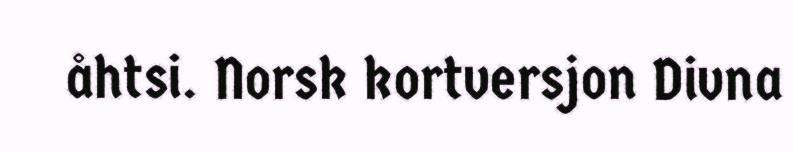
åhtsi. Norsk kortversjon Divna